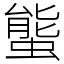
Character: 螚